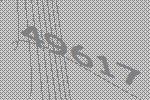
49617